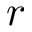
\boldsymbol { r }